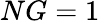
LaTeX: NG=1